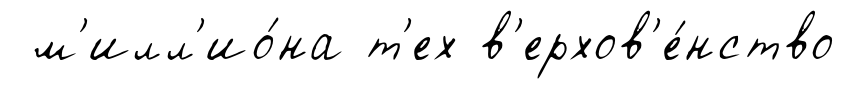
м'илл'ио́на т'ех в'ерхов'е́нство